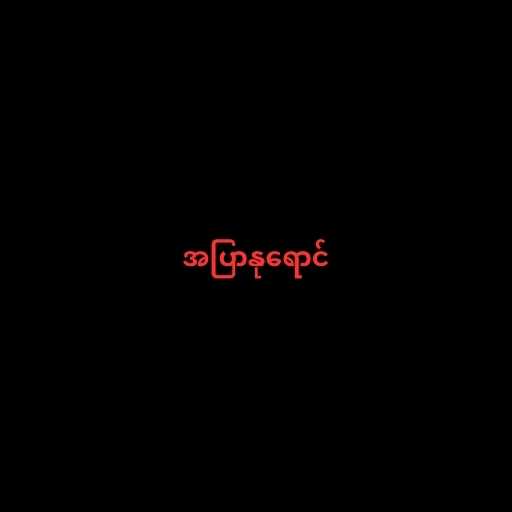
အပြာနုရောင်